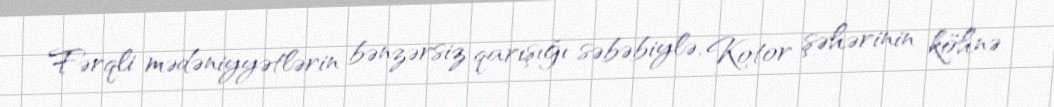
Fərqli mədəniyyətlərin bənzərsiz qarışığı səbəbiylə, Kotor şəhərinin köhnə